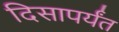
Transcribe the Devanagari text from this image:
दिसापर्यंत